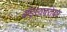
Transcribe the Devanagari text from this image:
बॉइस्वबरोबर